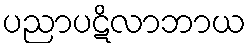
ပညာပဋိလာဘာယ